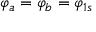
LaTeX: \varphi _ { a } = \varphi _ { b } = \varphi _ { 1 s }